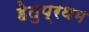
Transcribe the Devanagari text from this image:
हेतुप्रथम